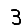
Digit: 3